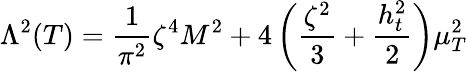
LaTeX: \Lambda^{2}(T)=\frac{1}{\pi^{2}}\zeta^{4}M^{2}+4\left(\frac{\zeta^{2}}{3}+\frac{h_{t}^{2}}{2}\right)\mu_{T}^{2}